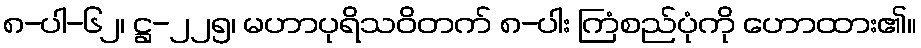
၈-ပါ-၆၂၊ ဋ္ဌ-၂၂၅၊ မဟာပုရိသဝိတက် ၈-ပါး ကြံစည်ပုံကို ဟောထား၏။